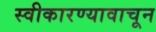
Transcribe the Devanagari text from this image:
स्वीकारण्यावाचून